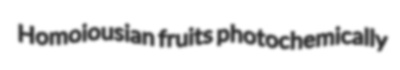
Homoiousian fruits photochemically